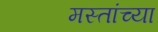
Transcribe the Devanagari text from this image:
मस्तांच्या